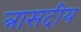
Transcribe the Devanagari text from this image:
त्रासदीय